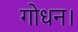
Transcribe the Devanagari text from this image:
गोधन।